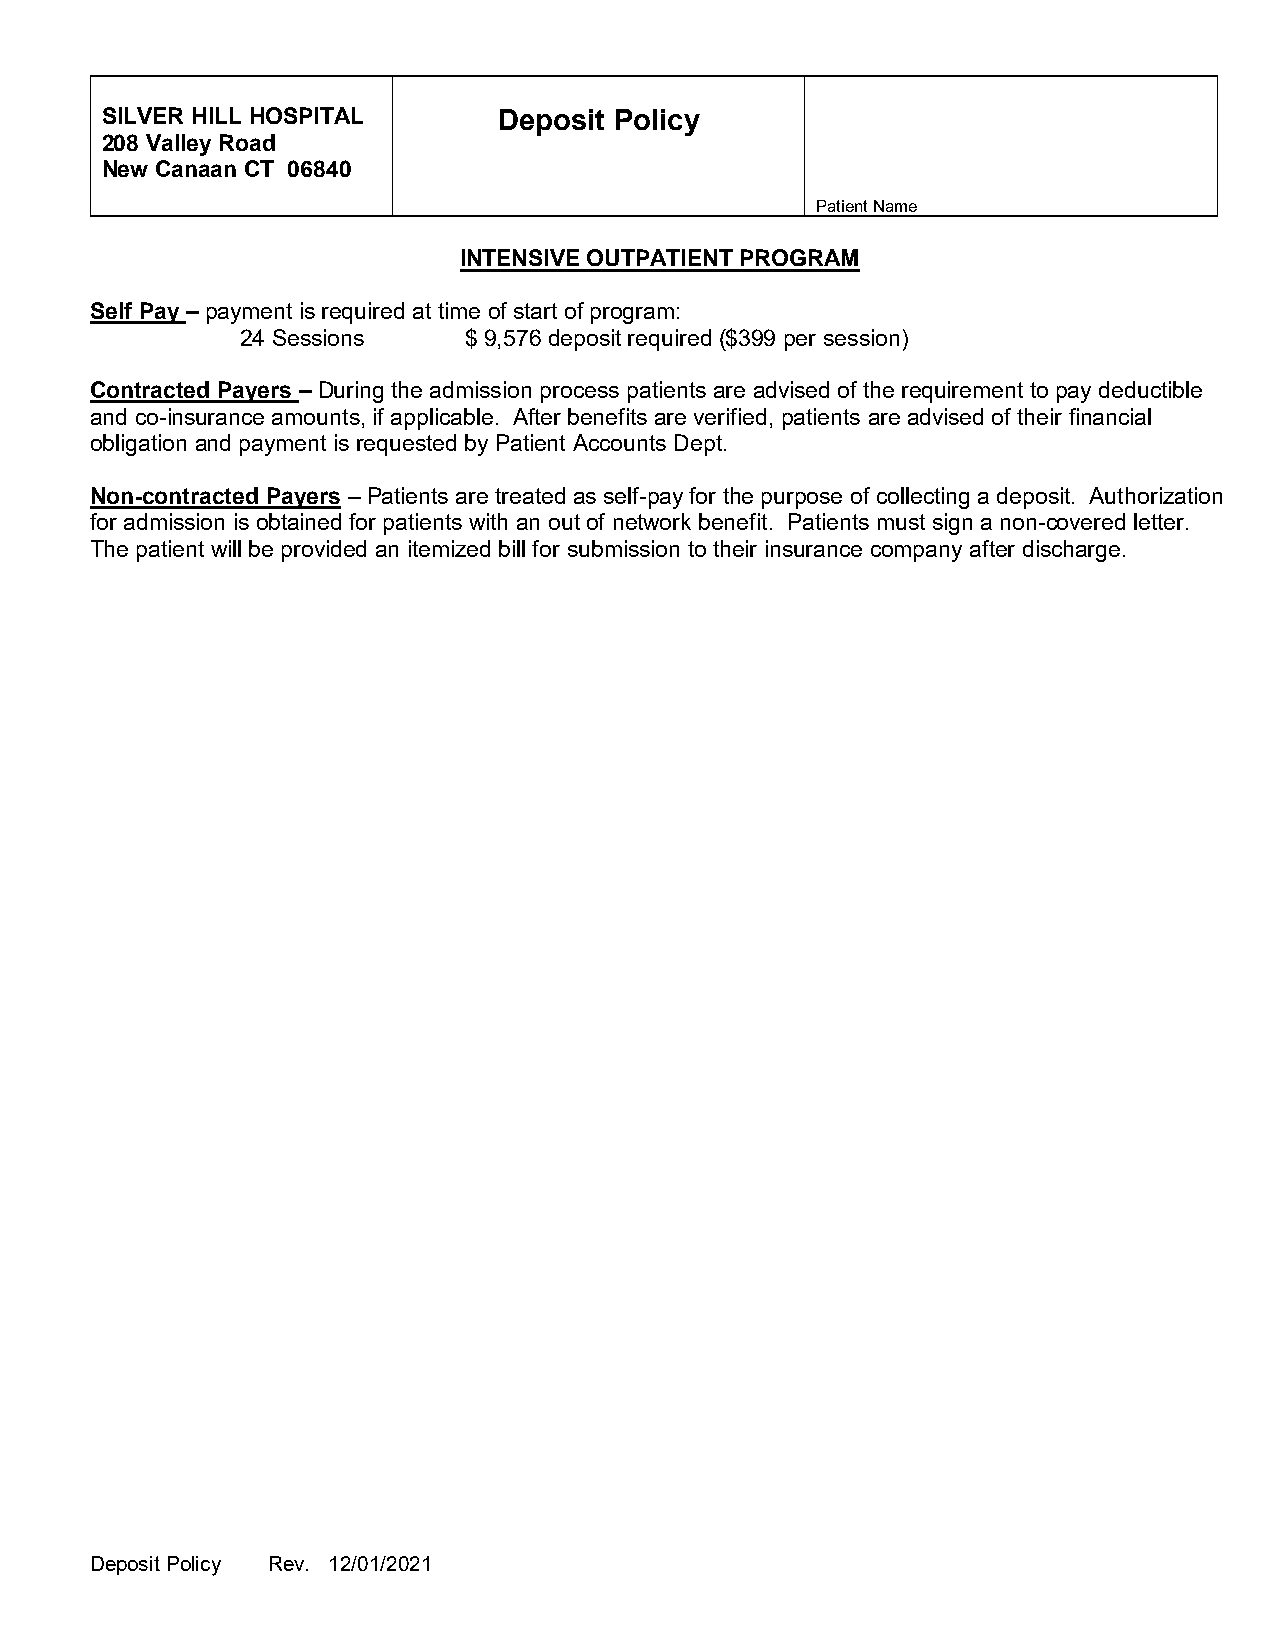
SILVER HILL HOSPITAL      Deposit Policy
 208 Valley Road
 New Canaan CT 06840
 Patient Name
 INTENSIVE OUTPATIENT PROGRAM
 Self Pay – payment is required at time of start of program:
 24 Sessions    $ 9,576 deposit required ($399 per session)
 Contracted Payers – During the admission process patients are advised of the requirement to pay deductible
 and co-insurance amounts, if applicable. After benefits are verified, patients are advised of their financial
 obligation and payment is requested by Patient Accounts Dept.
 Non-contracted Payers – Patients are treated as self-pay for the purpose of collecting a deposit. Authorization
 for admission is obtained for patients with an out of network benefit. Patients must sign a non-covered letter.
 The patient will be provided an itemized bill for submission to their insurance company after discharge.
 Deposit Policy Rev. 12/01/2021